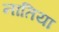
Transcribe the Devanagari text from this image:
नातिया